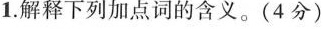
1.解释下列加点词的含义.（4分）